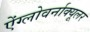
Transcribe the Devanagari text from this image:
ऐंग्लोवर्नाक्यूलर